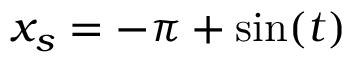
x _ { s } = - \pi + \mathrm { s i n } ( t )